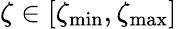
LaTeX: \zeta\in[\zeta_{\mathrm{min}},\zeta_{\mathrm{max}}]